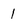
Character: 1